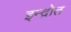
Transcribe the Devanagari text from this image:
इन्द्रोत